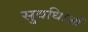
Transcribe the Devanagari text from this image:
सुवधिाओं